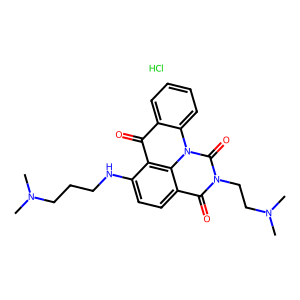
SMILES: CN(C)CCCNc1ccc2c(=O)n(CCN(C)C)c(=O)n3c4ccccc4c(=O)c1c23.Cl
Inhibits HIV replication: No